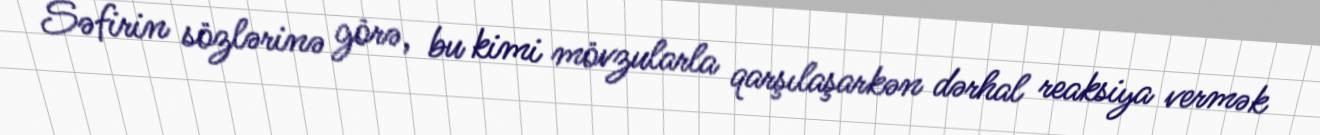
Səfirin sözlərinə görə, bu kimi mövzularla qarşılaşarkən dərhal reaksiya vermək